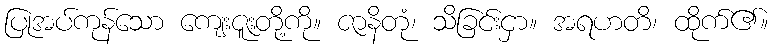
ပြုအပ်ကုန်သော ကျေးဇူးတို့ကို။ ဇာနိတုံ၊ သိခြင်းငှာ။ အရဟတိ၊ ထိုက်၏။